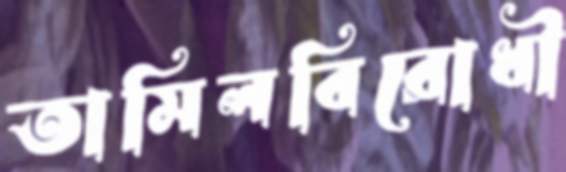
তামিলবিরোধী